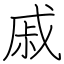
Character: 戚